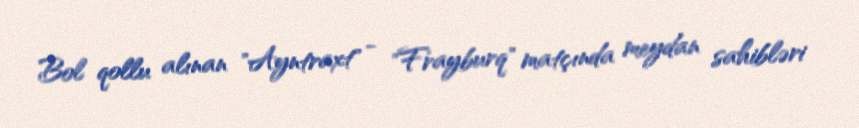
Bol qollu alınan "Ayntraxt" - "Frayburq" matçında meydan sahibləri